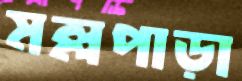
মল্লপাড়া